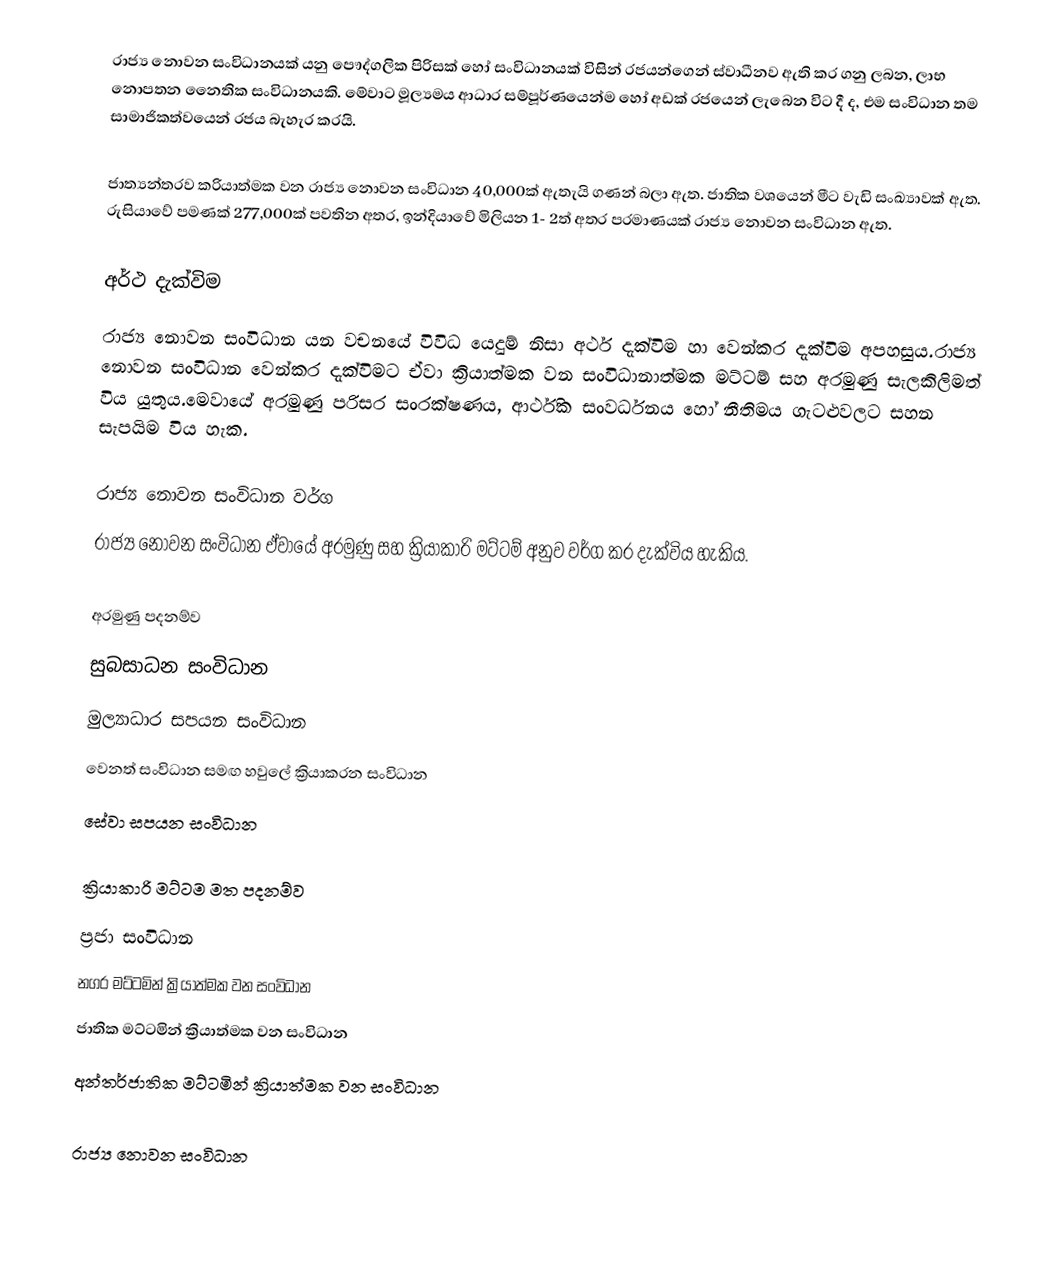
රාජ්‍ය නොවන සංවිධානයක් යනු පෞද්ගලික පිරිසක් හෝ සංවිධානයක් විසින් රජයන්ගෙන් ස්වාධීනව ඇති කර ගනු ලබන, ලාභ නොපතන නෛතික සංවිධානයකි. මේවාට මූල්‍යමය ආධාර සම්පූර්ණයෙන්ම හෝ අඩක් රජයෙන් ලැබෙන විට දී ද, එම සංවිධාන තම සාමාජිකත්වයෙන් රජය බැහැර කරයි.

ජාත්‍යන්තරව ක‍්‍රියාත්මක වන රාජ්‍ය නොවන සංවිධාන 40,000ක් ඇතැයි ගණන් බලා ඇත. ජාතික වශයෙන් මීට වැඩි සංඛ්‍යාවක් ඇත. රුසියාවේ පමණක් 277,000ක් පවතින අතර, ඉන්දියාවේ මිලියන 1- 2ත් අතර ප‍්‍රමාණයක් රාජ්‍ය නොවන සංවිධාන ඇත.

අර්ථ දැක්විම
රාජ්‍ය නොවන සංවිධාන යන වචනයේ විවිධ යෙදුම් නිසා අර්ථ දැක්විම හා වෙන්කර දැක්විම අපහසුය.රාජ්‍ය නොවන සංවිධාන වෙන්කර දැක්විමට ඒවා ක්‍රියාත්මක වන සංවිධානාත්මක මට්ටම් සහ අරමුණු සැලකිලිමත් විය යුතුය.මෙවායේ අරමුණු පරිසර සංරක්ෂණය, ආර්ථික සංවර්ධනය හෝ නීතිමය ගැටළුවලට සහන සැපයිම විය හැක.

රාජ්‍ය නොවන සංවිධාන වර්ග
රාජ්‍ය නොවන සංවිධාන ඒවායේ අරමුණු සහ ක්‍රියාකාරි මට්ටම් අනුව වර්ග කර දැක්විය හැකිය.

අරමුණු පදනම්ව
 සුබසාධන සංවිධාන
 මුල්‍යාධාර සපයන සංවිධාන
 වෙනත් සංවිධාන සමඟ හවුලේ ක්‍රියාකරන සංවිධාන
 සේවා සපයන සංවිධාන

ක්‍රියාකාරි මට්ටම මත පදනම්ව
 ප්‍රජා සංවිධාන
 නගර මට්ටමින් ක්‍රියාත්මක වන සංවිධාන
 ජාතික මට්ටමින් ක්‍රියාත්මක වන සංවිධාන
 අන්තර්ජාතික මට්ටමින් ක්‍රියාත්මක වන සංවිධාන

රාජ්‍ය නොවන සංවිධාන